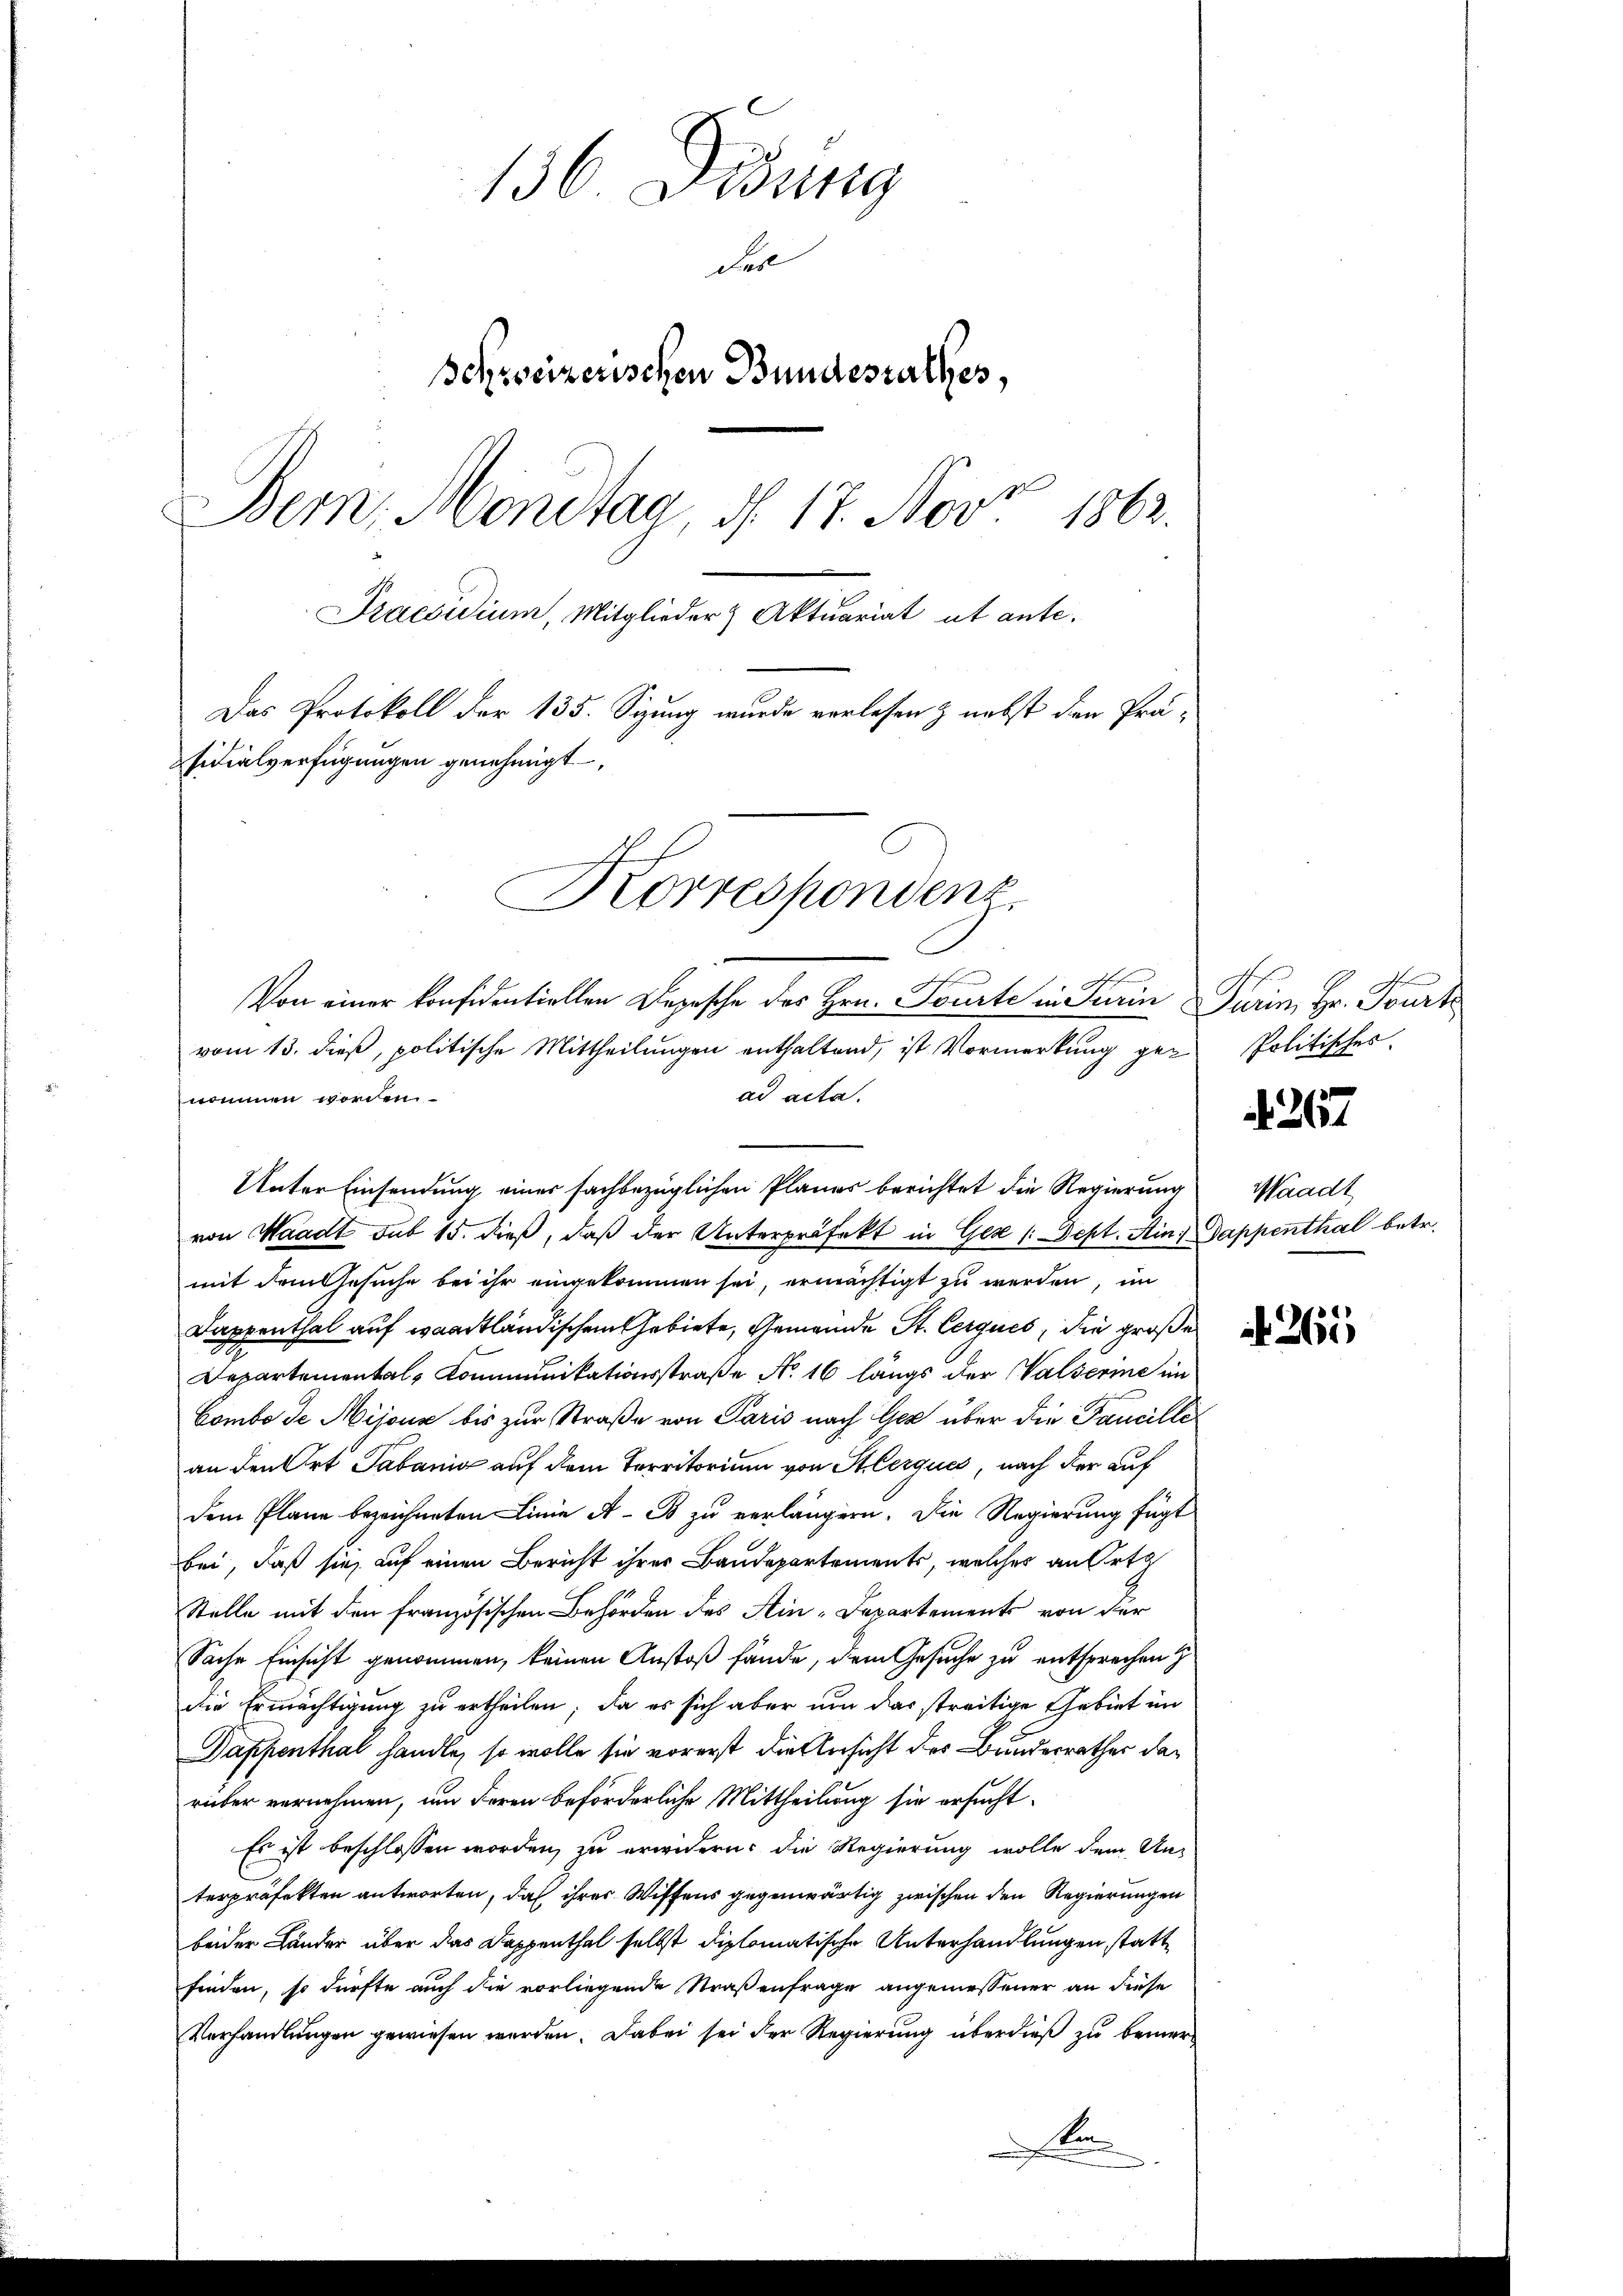
136 Didung
Fer
Schweizerischen Bundesrathes,
Bern, Mondtag d. 17. Nov 1863.
Praesidium, Mitglieder Aktuariat ut ante.
Das Protokoll der 135. Sizung wurde verlesen & nebst den Präsidialverfügungen genehmigt

vom 13. dieβ, politische Mittheilŭngen enthaltend, ist Vormerkŭng gen Politisches.
ad acta.
Unter Einsendung einer sachbezüglichen Planes berichtet die Regierung Waadt
von Waadt sub 15. dieß, daß der Unterpräfekt in Ger (Sept. Min. Dappenthal betr.
mit dem Gesuche bei ihr eingekommen sei, ermächtigt zu werden, im
Dappenthal auf waadtländischen Gebiete, Gemeinde St. Cerques, die große
Departemental-Communikationsstraße No. 16 längs der Walserme im
Combe de Mijona bis zur Straße von Paris nach Gez über die Taucilli
an den Ort Tabanig auf dem Territorium von Sterques, nach der auf
dem Plane bezeichneten Linie A. B. zu verlängern. Die Regierung fügt
bei, daß sie auf einen Bericht ihrer Baudepartements, welches an Orts
Stelle mit den französischen Behörden des Ain-Departements von der
Sache Einsicht genommen, keinen Anstoß fände, dem Gesuche zu entsprechen
die Ermächtigung zu ertheilen; da es sich aber um das streitige Gebiet im
Dappenthal handle, so wolle sie vorerst die Ansicht des Bundesrathes darüber vernehmen, um deren beförderliche Mittheilung sie ersucht¬
Es ist beschlossen worden, zu erwidern: die Regierung wolle dem Un-
terpräfekten antworten, daß ihrer Wissens gegenwärtig zwischen den Regierungen
beider Länder über das Dappenthal selbst diplomatische Unterhandlungen statt
finden, so dürfte auch die vorliegende Straßenfrage angemessener an diese
Verhandlungen gewiesen werden. Dabei sei der Regierung überdieß zu bemerm

nommen worden

Korrespondenz.
h
Von einer konfidentiellen Depesche des Hrn. Tourte in Turin Turin, Hr. Tourte

d. 267.

a. He